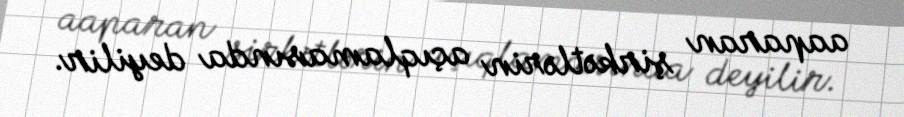
aaparan şirkətlərin açıqlamasında deyilir.